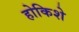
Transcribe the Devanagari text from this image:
होकिशे